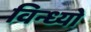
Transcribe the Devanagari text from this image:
विन्ध्यो